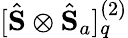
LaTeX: [\hat{\mathbf{S}}\otimes\hat{\mathbf{S}}_{a}]_{q}^{(2)}